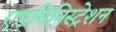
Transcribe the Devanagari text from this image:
एडमिनिस्‍ट्रेशन